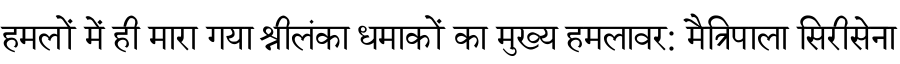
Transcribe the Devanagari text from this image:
हमलों में ही मारा गया श्रीलंका धमाकों का मुख्य हमलावर: मैत्रिपाला सिरीसेना